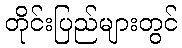
တိုင်းပြည်များတွင်